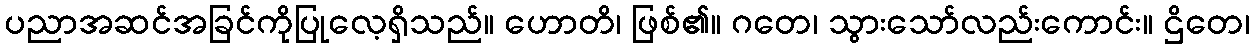
ပညာအဆင်အခြင်ကိုပြုလေ့ရှိသည်။ ဟောတိ၊ ဖြစ်၏။ ဂတေ၊ သွားသော်လည်းကောင်း။ ဌိတေ၊